Indian journal of veterinary science and animal husbandry - Volume 12,
Year: 1942
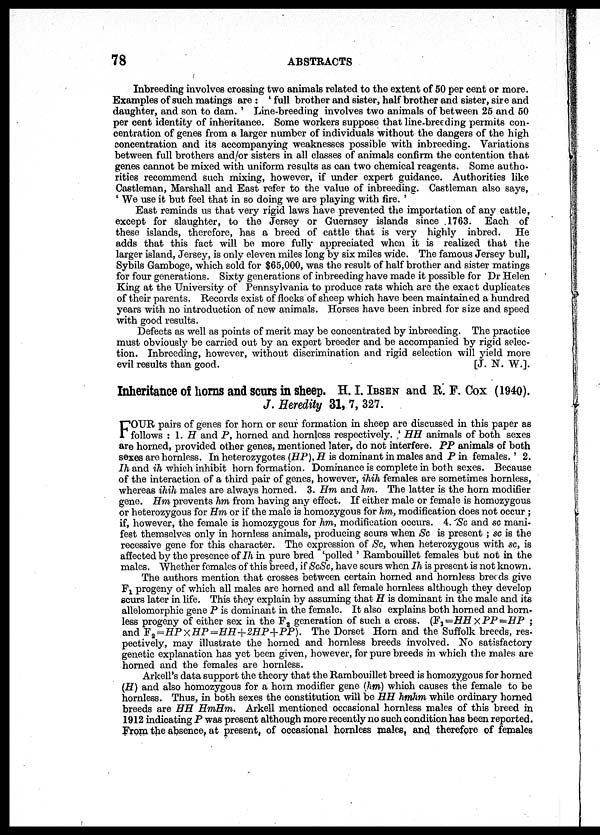
78
ABSTRACTS
Inbreeding involves crossing two animals related to the extent of 50 per cent or more.
Examples of such matings are : ' full brother and sister, half brother and sister, sire and
daughter, and son to dam. ' Line-breeding involves two animals of between 25 and 50
per cent identity of inheritance. Some workers suppose that line-breeding permits con-
centration of genes from a larger number of individuals without the dangers of the high
concentration and its accompanying weaknesses possible with inbreeding. Variations
between full brothers and/or sisters in all classes of animals confirm the contention that
genes cannot be mixed with uniform results as can two chemical reagents. Some autho-
rities recommend such mixing, however, if under expert guidance. Authorities like
Castleman, Marshall and East refer to the value of inbreeding. Castleman also says,
' We use it but feel that in so doing we are playing with fire. '
East reminds us that very rigid laws have prevented the importation of any cattle,
except for slaughter, to the Jersey or Guernsey islands since .1763. Each of
these islands, therefore, has a breed of cattle that is very highly inbred. He
adds that this fact will be more fully appreciated when it is realized that the
larger island, Jersey, is only eleven miles long by six miles wide. The famous Jersey bull,
Sybils Gamboge, which sold for $65,000, was the result of half brother and sister matings
for four generations. Sixty generations of inbreeding have made it possible for Dr Helen
King at the University of Pennsylvania to produce rats which are the exact duplicates
of their parents. Records exist of flocks of sheep which have been maintained a hundred
years with no introduction of new animals. Horses have been inbred for size and speed
with good results.
Defects as well as points of merit may be concentrated by inbreeding. The practice
must obviously be carried out by an expert breeder and be accompanied by rigid selec-
tion. Inbreeding, however, without discrimination and rigid selection will yield more
evil results than good.
[J. N. W.].
Inheritance of horns and scurs in sheep. H. I. IBSEN and R. F. COX (1940).
J. Heredity 31, 7, 327.
F OUR pairs of genes for horn or scur formation in sheep are discussed in this paper as
follows : 1. H and P, horned and hornless respectively. ' HH animals of both sexes
are horned, provided other genes, mentioned later, do not interfere. PP animals of both
sexes are hornless. In heterozygotes (HP),H is dominant in males and P in females.' 2.
Ih and ih which inhibit horn formation. Dominance is complete in both sexes. Because
of the interaction of a third pair of genes, however, ihih females are sometimes hornless,
whereas ihih males are always horned. 3. Hm and hm. The latter is the horn modifier
gene. Hm prevents hm from having any effect. If either male or female is homozygous
or heterozygous for Hm or if the male is homozygous for hm, modification does not occur ;
if, however, the female is homozygous for hm, modification occurs. 4. Sc and sc mani-
fest themselves only in hornless animals, producing scurs when Sc is present ; sc is the
recessive gene for this character. The expression of Sc, when heterozygous with sc, is
affected by the presence of Ih in pure bred 'polled ' Rambouillet females but not in the
males. Whether females of this breed, if ScSc, have scurs when Ih is present is not known.
The authors mention that crosses between certain horned and hornless breeds give
F 1 progeny of which all males are horned and all female hornless although they develop
scurs later in life. This they explain by assuming that H is dominant in the male and its
allelomorphic gene P is dominant in the female. It also explains both horned and horn-
less progeny of either sex in the F 2 generation of such a cross. (F 1 = HH × PP = HP ;
and F 2 = HP × HP = HH + 2HP + PP). The Dorset Horn and the Suffolk breeds, res-
pectively, may illustrate the horned and hornless breeds involved. No satisfactory
genetic explanation has yet been given, however, for pure breeds in which the males are
horned and the females are hornless.
Arkell's data support the theory that the Rambouillet breed is homozygous for horned
(H) and also homozygous for a horn modifier gene (hm) which causes the female to be
hornless. Thus, in both sexes the constitution will be HH hmhm while ordinary horned
breeds are HH HmHm. Arkell mentioned occasional hornless males of this breed in
1912 indicating P was present although more recently no such condition has been reported.
From the absence, at present, of occasional hornless males, and therefore of females